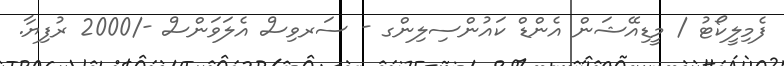
ފެމިލީކޯޓު / މީޑިއޭޝަން އެންޑް ކައުންސިލިންގ - ސަރވިސް އެލަވަންސް -/2000 ރުފިޔާ.